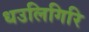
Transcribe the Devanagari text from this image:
धउलिगिरि